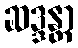
ဆဒ္ဒန္တာ